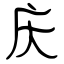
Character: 庆